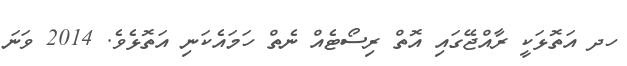
ހދ އަތޮޅަކީ ރާއްޖޭގައި އޮތް ރިސޯޓެއް ނެތް ހަމައެކަނި އަތޮޅެވެ. 2014 ވަނަ